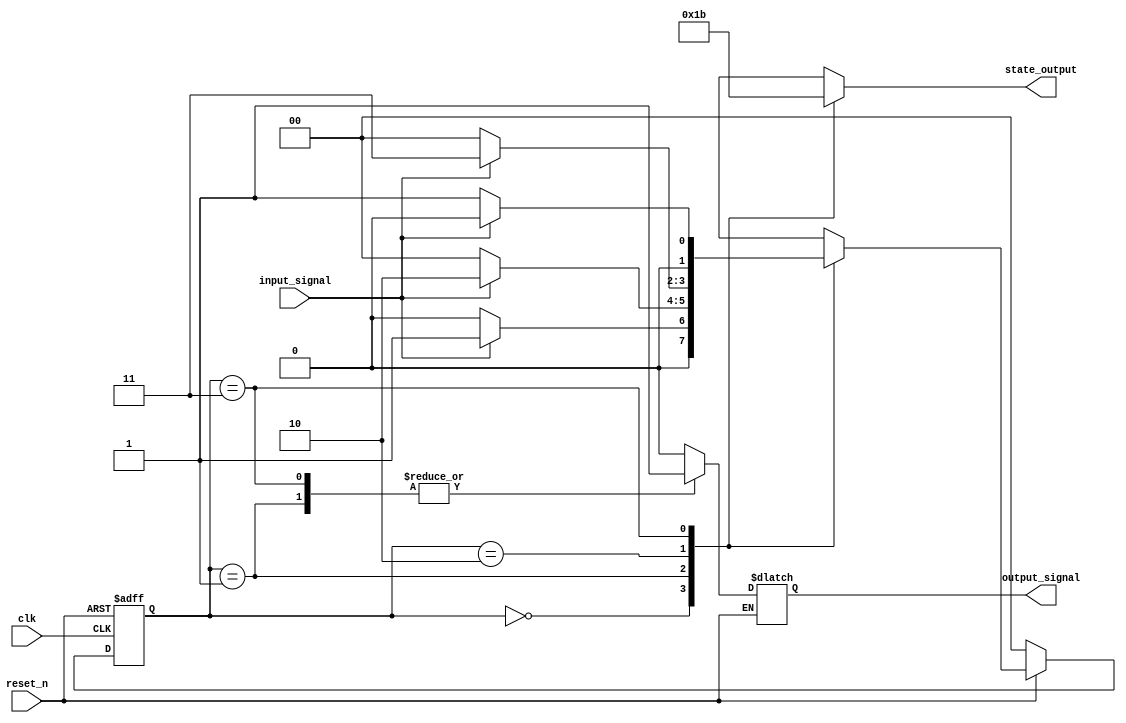
module moore_state_machine (
    input wire clk,            // Clock signal
    input wire reset_n,       // Asynchronous active-low reset signal
    input wire input_signal,   // Input to influence state transitions
    output reg [1:0] state_output, // Current state output
    output reg output_signal   // Output signal based on current state
);

// State encoding
localparam STATE_0 = 2'b00; // State 0
localparam STATE_1 = 2'b01; // State 1
localparam STATE_2 = 2'b10; // State 2
localparam STATE_3 = 2'b11; // State 3

// State declaration
reg [1:0] current_state, next_state;

// Asynchronous reset process
always @(*) begin
    if (!reset_n) begin
        // Reset to STATE_0
        next_state = STATE_0;
    end else begin
        // State transition logic
        case (current_state)
            STATE_0: begin
                if (input_signal)         next_state = STATE_1;
                else                      next_state = STATE_0;
                output_signal = 1'b0; // Output for STATE_0
            end
            
            STATE_1: begin
                if (input_signal)         next_state = STATE_2;
                else                      next_state = STATE_0;
                output_signal = 1'b1; // Output for STATE_1
            end
            
            STATE_2: begin
                if (input_signal)         next_state = STATE_3;
                else                      next_state = STATE_0;
                output_signal = 1'b0; // Output for STATE_2
            end
            
            STATE_3: begin
                if (input_signal)         next_state = STATE_0;
                else                      next_state = STATE_1;
                output_signal = 1'b1; // Output for STATE_3
            end
            
            default: begin
                next_state = STATE_0; // Default to STATE_0
                output_signal = 1'b0; // Default output
            end
        endcase
    end
end

// State update process
always @(posedge clk or negedge reset_n) begin
    if (!reset_n) begin
        current_state <= STATE_0; // Asynchronous reset
    end else begin
        current_state <= next_state; // Update to next state on clock edge
    end
end

// Assign output based on current state
always @(*) begin
    case (current_state)
        STATE_0: state_output = 2'b00; // Output for STATE_0
        STATE_1: state_output = 2'b01; // Output for STATE_1
        STATE_2: state_output = 2'b10; // Output for STATE_2
        STATE_3: state_output = 2'b11; // Output for STATE_3
        default: state_output = 2'b00; // Default state output
    endcase
end

endmodule